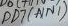
Text: PD7